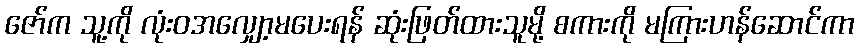
ဇော်က သူ့ကို လုံးဝအလျှော့မပေးရန် ဆုံးဖြတ်ထားသူမို့ စကားကို မကြားဟန်ဆောင်ကာ